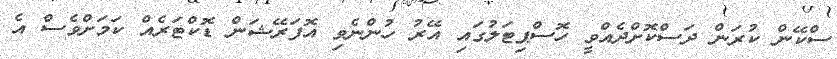
ސްކޭން ކުރަން ދަސްކޮށްދެއްވީ ހޮސްޕިޓަލުގައި އޭރު ހުންނެވި އޮފަރޭޝަން ޑޮކްޓަރެއް ކަމަށްވެސް އެ